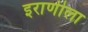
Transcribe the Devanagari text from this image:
इराणीला